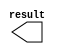
module X2_const (
	result);

	output	[9:0]  result;

endmodule